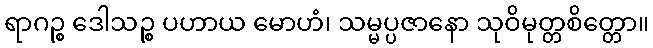
ရာဂဉ္စ ဒေါသဉ္စ ပဟာယ မောဟံ၊ သမ္မပ္ပဇာနော သုဝိမုတ္တစိတ္တော။